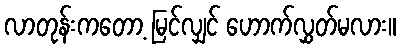
လာတုန်းကတော့ မြင်လျှင် ဟောက်လွှတ်မလား။